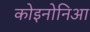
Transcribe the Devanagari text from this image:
कोइनोनिआ